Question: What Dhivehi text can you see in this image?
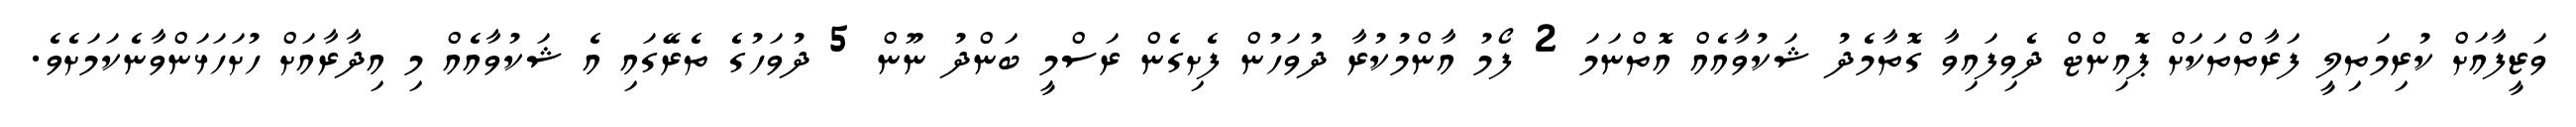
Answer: ވަޒީފާއަށް ކުރިމަތިލީ ފަރާތްތަކަށް ޕޮއިންޓް ދެވިފައިވާ ގޮތާމެދު ޝަކުވާއެއް އޮތްނަމަ 2 ފޯމު އާންމުކުރާ ދުވަހުން ފެށިގެން ރަސްމީ ބަންދު ނޫން 5 ދުވަހުގެ ތެރޭގައި އެ ޝަކުވާއެއް މި އިދާރާއަށް ހުށަހަޅަންވާނެކަމަށެވެ.